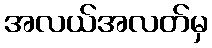
အလယ်အလတ်မှ